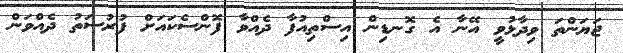
ޖަޔަންތަ ވިދާޅުވީ އޭނާ އެ ގޮނޑިން އިސްތިއުފާ ދެއްވާ ފޮންސެކައަށް ފުރުސަތު ދެއްވަން